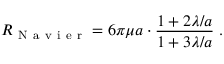
R _ { \mathrm { ~ N ~ a ~ v ~ i ~ e ~ r ~ } } = 6 \pi \mu a \cdot \frac { 1 + 2 \lambda / a } { 1 + 3 \lambda / a } \; .